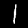
Digit: 1